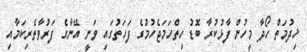
ޚިދުމަތް ހޯދާ މީހުން ފާޅުކުރާ ބޮޑު ހިތްހަމަޖެހުމުގެ ފަހަތުގައި ވަނީ އޭނާގެ ފަރުވާތެރިކަމާއި